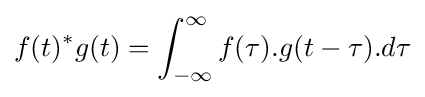
f(t)^{*}g(t)=\int _{-\infty }^{\infty }f(\tau ).g(t-\tau ).d\tau